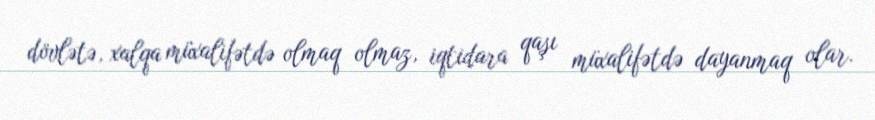
dövlətə, xalqa müxalifətdə olmaq olmaz, iqtidara qaşı müxalifətdə dayanmaq olar.